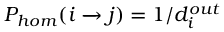
P _ { h o m } ( i \xrightarrow { } j ) = 1 / d _ { i } ^ { o u t }